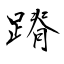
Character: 蹐